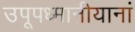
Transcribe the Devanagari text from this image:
उपूपध्मानीयानां